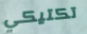
تكتيكي